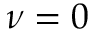
\nu = 0